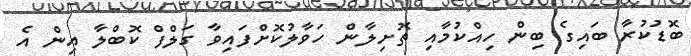
ބޮޑުކުރާ ބައިގެ ބިން ހިއްކުމާއި ތޮށިލާން ހަވާލުކޮށްފައިވާ ގަލްފް ކޮބްލާ އިން އެ